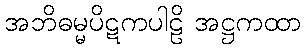
အဘိဓမ္မပိဋကပါဠိ အဋ္ဌကထာ